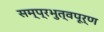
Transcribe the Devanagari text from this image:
सम्प्रभुत्वपूर्ण